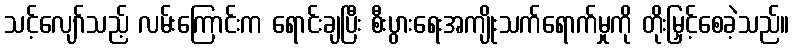
သင့်လျော်သည့် လမ်းကြောင်းက ရောင်းချပြီး စီးပွားရေးအကျိုးသက်ရောက်မှုကို တိုးမြှင့်စေခဲ့သည်။